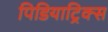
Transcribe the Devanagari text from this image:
पिडियाट्रिक्स